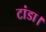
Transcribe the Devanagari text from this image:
टांडा।